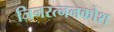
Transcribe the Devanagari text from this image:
जिनरत्ननकोश